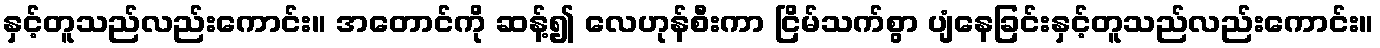
နှင့်တူသည်လည်းကောင်း။ အတောင်ကို ဆန့်၍ လေဟုန်စီးကာ ငြိမ်သက်စွာ ပျံနေခြင်းနှင့်တူသည်လည်းကောင်း။